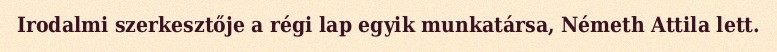
Irodalmi szerkesztője a régi lap egyik munkatársa, Németh Attila lett.